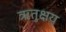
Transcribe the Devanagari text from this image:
ऋतुक्षय